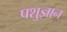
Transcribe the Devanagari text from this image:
पशुज्ञान